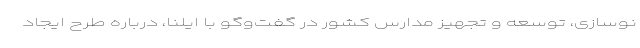
نوسازی، توسعه و تجهیز مدارس کشور در گفت‌وگو با ایلنا، درباره طرح ایجاد